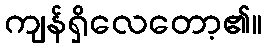
ကျန်ရှိလေတော့၏။